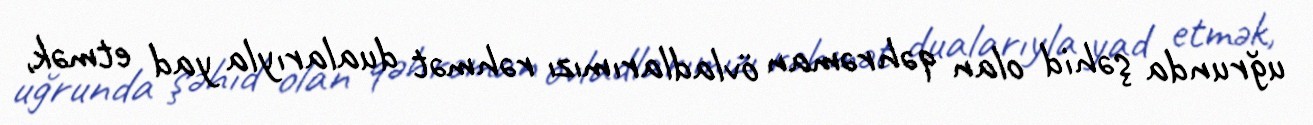
uğrunda şəhid olan qəhrəman övladlarımızı rəhmət dualarıyla yad etmək,